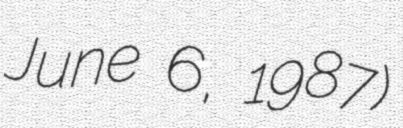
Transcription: June 6, 1987)